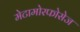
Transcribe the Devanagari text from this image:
मेटामोरफोसेज